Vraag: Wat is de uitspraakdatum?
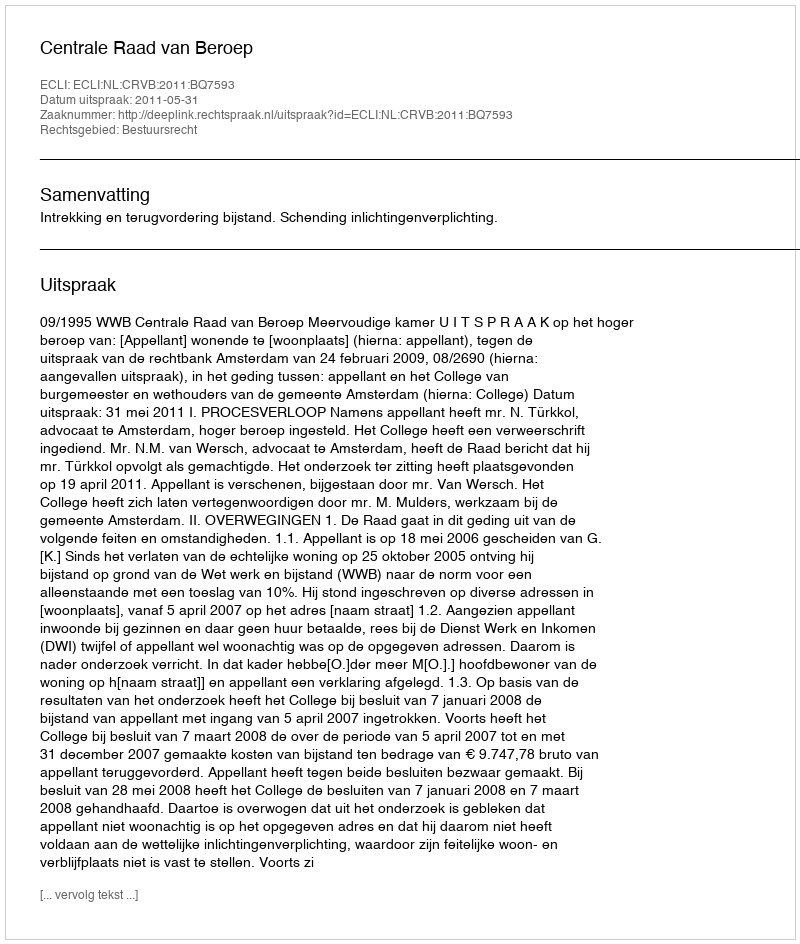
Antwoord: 2011-05-31